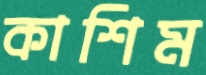
কাশিম